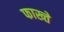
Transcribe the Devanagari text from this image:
फाख्ते